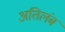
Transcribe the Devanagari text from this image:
अतिलंब